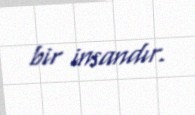
bir insandır.